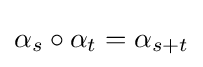
\alpha _{s}\circ \alpha _{t}=\alpha _{s+t}